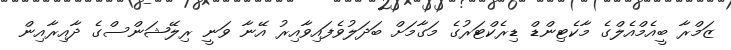
ޒަމްރާ ބީއެމްއެލްގެ މާކެޓިންޑް ޑިރެކްޓަރުގެ މަގާމަަށް ބަދަލުވެފައިވާއިރު އޭނާ ވަނީ ރިލޭޝަންސްގެ ދާއިރާއިން